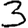
Digit: 3